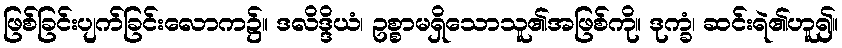
ဖြစ်ခြင်းပျက်ခြင်းလောက၌။ ဒလိဒ္ဒိယံ၊ ဥစ္စာမရှိသောသူ၏အဖြစ်ကို။ ဒုက္ခံ၊ ဆင်းရဲ၏ဟူ၍။